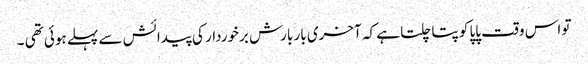
تو اس وقت پاپا کو پتا چلتا ہے کہ آخری بار بارش برخوردار کی پیدائش سے پہلے ہوئی تھی ۔